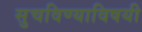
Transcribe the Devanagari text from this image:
सुचविण्याविषयी